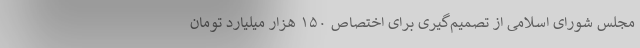
مجلس شورای اسلامی از تصمیم‌گیری برای اختصاص ۱۵۰ هزار میلیارد تومان